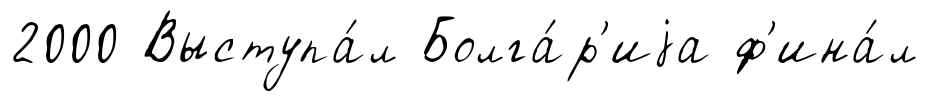
2000 Выступа́л Болга́р'иjа ф'ина́л